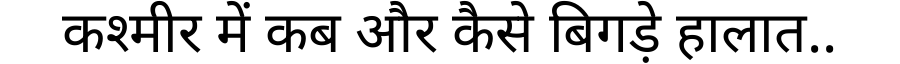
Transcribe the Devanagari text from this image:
कश्मीर में कब और कैसे बिगड़े हालात..